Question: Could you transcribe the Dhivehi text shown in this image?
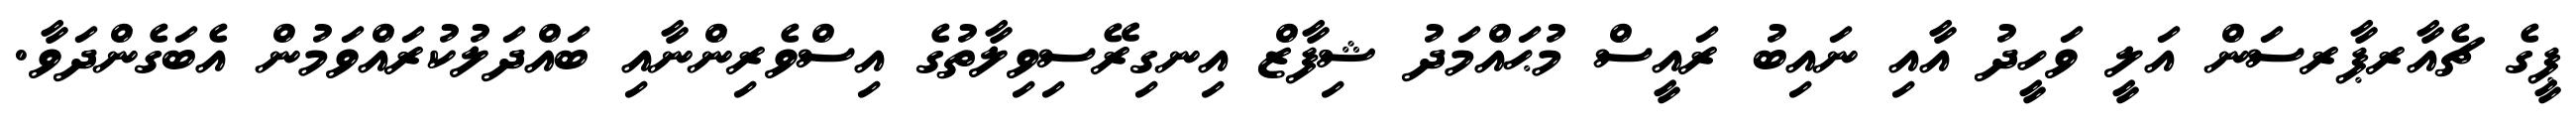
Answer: ޕީގެ ޗެއާރޕާރސަން އަލީ ވަހީދު އާއި ނައިބު ރައީސް މުޙައްމަދު ޝިފާޒް އިނގިރޭސިވިލާތުގެ އިސްވެރިންނާއި ބައްދަލުކުރައްވަމުން އެބަގެންދަވާ.